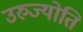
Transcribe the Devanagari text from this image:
उरुज्योति